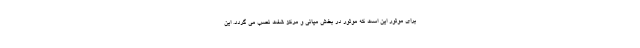
برای موتور این است که موتور در بخش میانی و مرکز شفت نصب می گردد. این